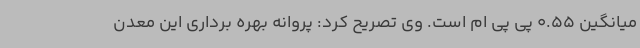
میانگین 0.55 پی پی ام است. وی تصریح کرد: پروانه بهره برداری این معدن